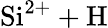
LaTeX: \mathrm{Si^{2+}+H}